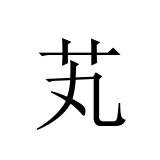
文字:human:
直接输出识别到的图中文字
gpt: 芄